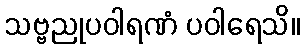
သဗ္ဗညုပဝါရဏံ ပဝါရေသိ။